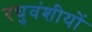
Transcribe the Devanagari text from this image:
रघुवंशीयों